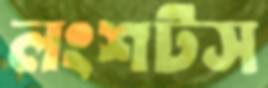
লংশটস